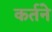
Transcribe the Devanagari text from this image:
कर्तने